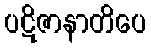
ပဋိဇာနာတိပေ